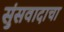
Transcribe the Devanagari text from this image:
सुंसवादाचा